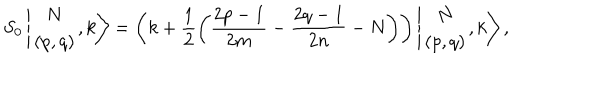
LaTeX: S _ { 0 } \left\vert \begin{array} { c } { { N } } \\ { { ( p , q ) } } \\ \end{array} , k \right> = \left( k + \displaystyle \frac { 1 } { 2 } \left( \frac { 2 p - 1 } { 2 m } - \frac { 2 q - 1 } { 2 n } - N \right) \right) \left\vert \begin{array} { c } { { N } } \\ { { ( p , q ) } } \\ \end{array} , k \right> ,